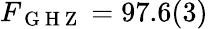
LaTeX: F_{\mathrm{~G~H~Z~}}=97.6(3)\